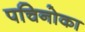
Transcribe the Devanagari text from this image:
पचिनोका